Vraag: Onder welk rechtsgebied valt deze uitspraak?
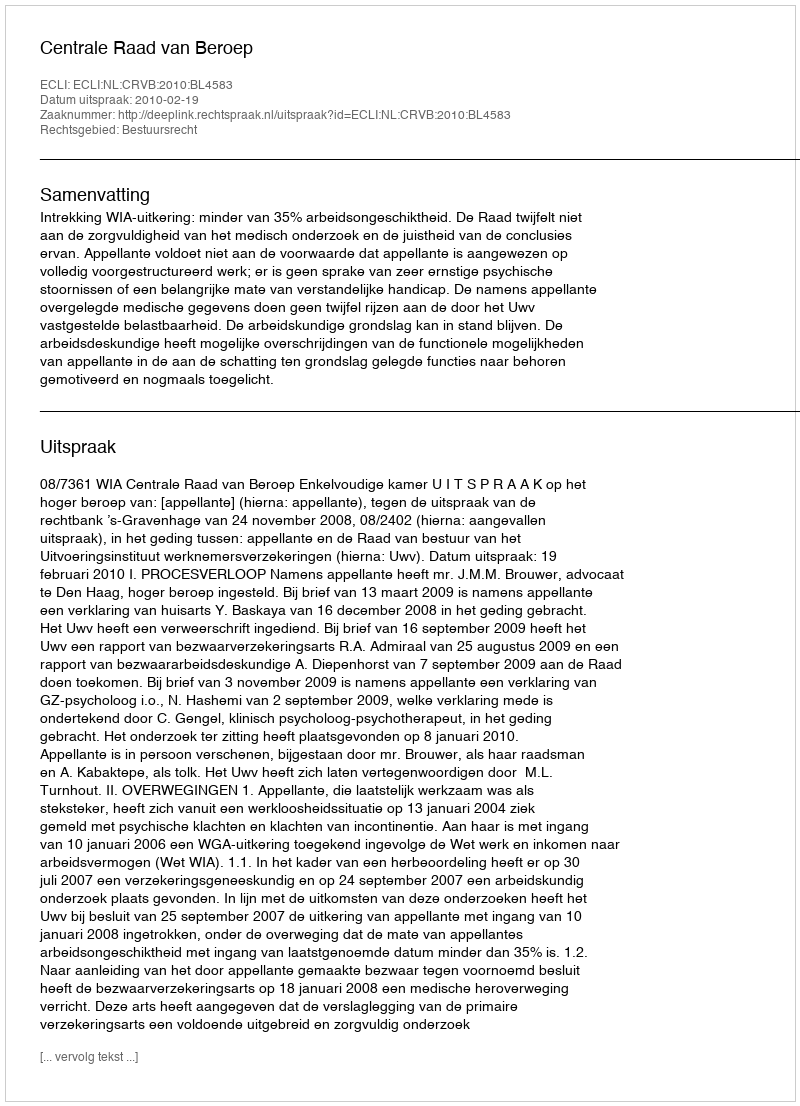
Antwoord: Bestuursrecht